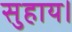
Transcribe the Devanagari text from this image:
सुहाय।